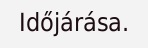
Időjárása.